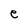
Character: e